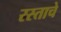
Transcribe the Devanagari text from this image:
रस्ताचे